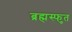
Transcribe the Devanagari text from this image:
ब्रह्मस्फुत